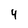
Character: 4